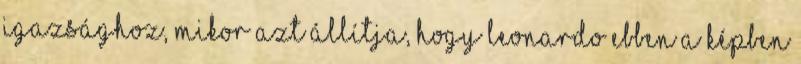
igazsághoz, mikor azt ál­lít­ja, hogy Leonardo ebben a képben